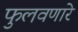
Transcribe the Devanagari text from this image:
फुलवणारे